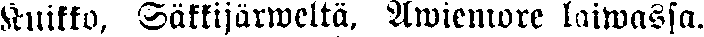
Kuikko, Säkkijärweltä, Awiemore laiwassa.